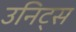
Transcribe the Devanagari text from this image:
उनिट्स